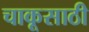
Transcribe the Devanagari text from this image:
चाकूसाठी